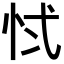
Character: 𭜚